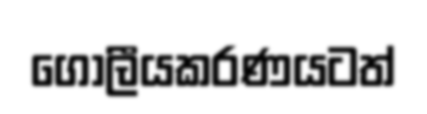
ගෝලීයකරණයටත්